Note on the mental hospitals in Burma - 1925-1940
Year: 1925
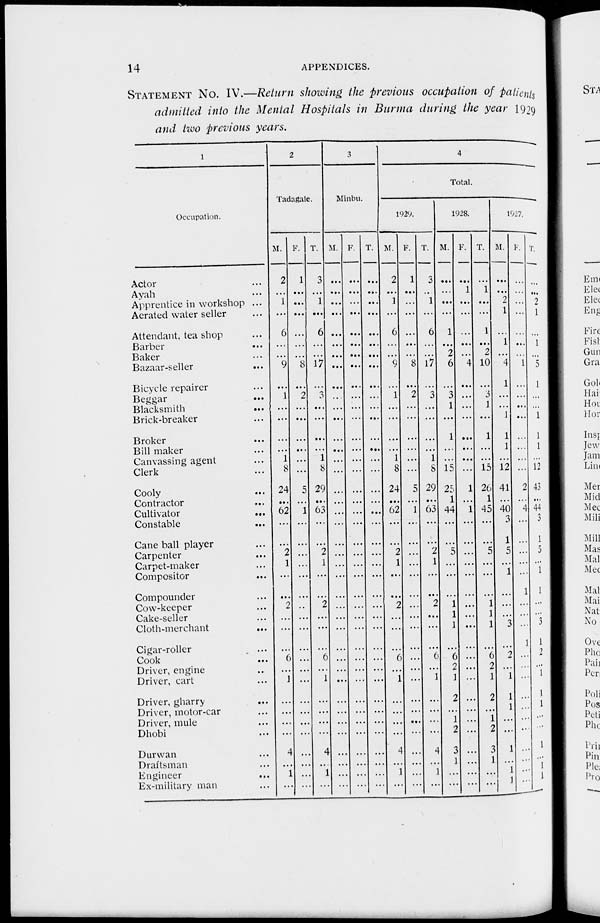
14
APPENDICES.
STATEMENT No. IV.—Return showing the previous occupation of patients
admitted into the Mental Hospitals in Burma during the year 1929
and two previous years.
1
Occupation.
Actor ...
Ayah ...
Apprentice in workshop ...
Aerated water seller ...
Attendant, tea shop ...
Barber ...
Baker ...
Bazaar-seller ...
Bicycle repairer ...
Beggar ...
Blacksmith
...
Brick-breaker ...
Broker ...
Bill maker ...
Canvassing agent ...
Clerk ...
Cooly ...
Contractor ...
Cultivator
...
Constable ...
Cane ball player ...
Carpenter ...
Carpet-maker ...
Compositor
...
Compounder ...
Cow-keeper ...
Cake-seller ...
Cloth-merchant
...
Cigar-roller ...
Cook ...
Driver, engine ...
Driver, cart ...
Driver, gharry
...
Driver, motor-car ...
Driver, mule ...
Dhobi ...
Durwan ...
Draftsman ...
Engineer ...
Ex-military man ...
2
Tadagale.
M.
2
...
1
...
6
...
...
9
...
1
...
...
...
...
1
8
24
...
62
...
...
2
1
...
...
2
...
...
...
6
...
1
...
...
...
...
4
...
1
...
F.
1
...
...
...
...
...
...
8
...
2
...
...
...
...
...
...
5
...
1
...
...
...
...
...
...
...
...
...
...
...
...
...
...
...
...
...
...
...
...
...
T.
3
...
1
...
6
...
...
17
...
3
...
...
...
...
1
8
29
...
63
...
...
2
1
...
...
2
...
...
...
6
...
1
...
...
...
...
4
...
1
...
3
Minbu.
M.
...
...
...
...
...
...
...
...
...
...
...
...
...
...
...
...
...
...
...
...
...
...
...
...
...
...
...
...
...
...
...
...
...
...
...
...
...
...
...
...
F.
...
...
...
...
...
...
...
...
...
...
...
...
...
...
...
...
...
...
...
...
...
...
...
...
...
...
...
...
...
...
...
...
...
...
...
...
...
...
...
...
T.
...
...
...
...
...
...
...
...
...
...
...
...
...
...
...
...
...
...
...
...
...
...
...
...
...
...
...
...
...
...
...
...
...
...
...
...
...
...
...
...
4
Total.
1929.
M.
2
...
1
...
6
...
...
9
...
1
...
...
...
...
1
8
24
...
62
...
...
2
1
...
...
2
...
...
...
6
...
1
...
...
...
...
4
...
1
...
F.
1
...
...
...
...
...
...
8
...
2
...
...
...
...
...
...
5
...
1
...
...
...
...
...
...
...
...
...
...
...
...
...
...
...
...
...
...
...
...
...
T.
3
...
1
...
6
...
...
17
...
3
...
...
...
...
1
8
29
...
63
...
...
2
1
...
...
2
...
...
...
6
...
1
...
...
...
...
4
...
1
...
1928.
M.
...
...
...
...
1
...
2
6
...
3
1
...
1
...
...
15
25
1
44
...
...
5
...
...
...
1
1
1
...
6
2
1
2
...
1
2
3
1
...
...
F.
...
1
...
...
...
...
...
4
...
...
...
...
...
...
...
...
1
...
1
...
...
...
...
...
...
...
...
...
...
...
...
...
...
...
...
...
...
...
...
...
T.
...
1
...
...
1
...
2
10
...
3
1
...
1
...
...
15
26
1
45
...
...
5
...
...
...
1
1
1
...
6
2
1
2
...
1
2
3
1
...
...
1927.
M.
...
...
2
1
...
1
...
4
1
...
...
1
1
1
...
12
41
...
40
3
1
5
...
1
...
...
...
3
...
2
...
1
1
1
...
...
1
...
1
1
F.
...
...
...
...
...
...
...
1
...
...
...
...
...
...
...
...
2
...
4
...
...
...
...
...
1
...
...
...
1
...
...
...
...
...
...
...
...
...
...
...
T.
...
...
2
1
...
1
...
5
1
...
...
1
1
1
...
12
43
...
44
3
1
5
...
1
1
...
...
3
1
2
...
1
1
1
...
...
1
...
1
1